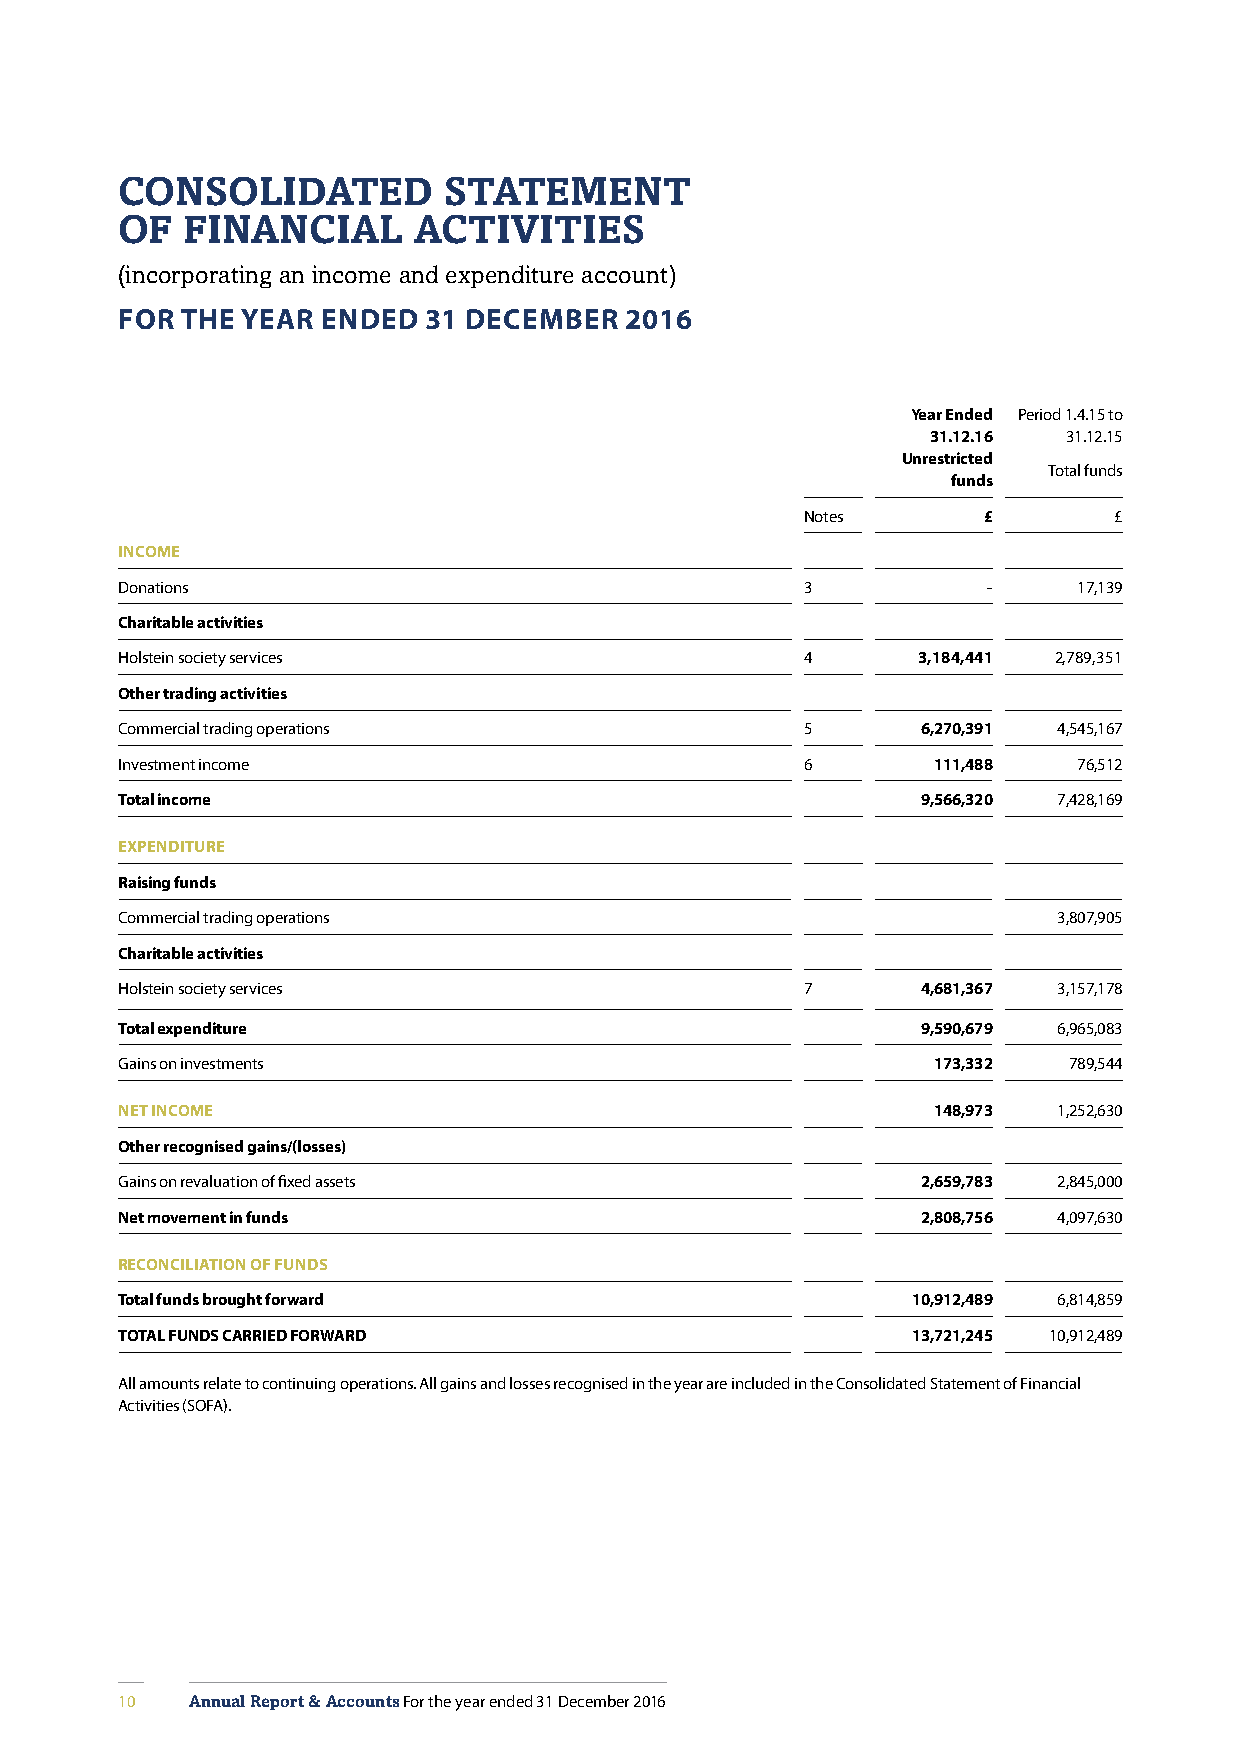
CONSOLIDATED         STATEMENT
 OF  FINANCIAL      ACTIVITIES
 (incorporating an income and expenditure account)
 FOR THE YEAR ENDED  31 DECEMBER  2016
 Year Ended Period 1.4.15 to
 31.12.16 31.12.15
 Unrestricted
 Total funds
 funds
 Notes       £        £
 INCOME
 Donations                                    3           -     17,139
 Charitable activities
 Holstein society services                    4       3,184,441 2,789,351
 Other trading activities
 Commercial trading operations                5       6,270,391 4,545,167
 Investment income                            6        111,488  76,512
 Total income                                         9,566,320 7,428,169
 EXPENDITURE
 Raising funds
 Commercial trading operations                                 3,807,905
 Charitable activities
 Holstein society services                    7       4,681,367 3,157,178
 Total expenditure                                    9,590,679 6,965,083
 Gains on investments                                  173,332  789,544
 NET INCOME                                            148,973 1,252,630
 Other recognised gains/(losses)
 Gains on revaluation of fixed assets                 2,659,783 2,845,000
 Net movement in funds                                2,808,756 4,097,630
 RECONCILIATION OF FUNDS
 Total funds brought forward                         10,912,489 6,814,859
 TOTAL FUNDS CARRIED FORWARD                         13,721,245 10,912,489
 All amounts relate to continuing operations. All gains and losses recognised in the year are included in the Consolidated Statement of Financial
 Activities (SOFA).
 10   Annual Report & Accounts For the year ended 31 December 2016